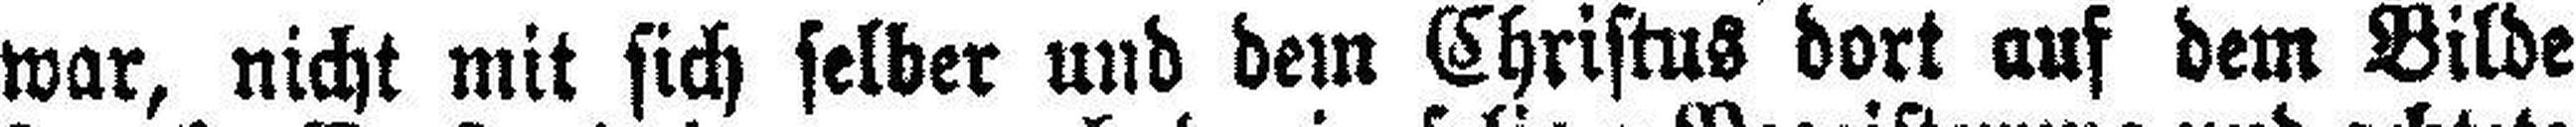
war, nicht mit sich selber und dem Christus dort auf dem Bilde